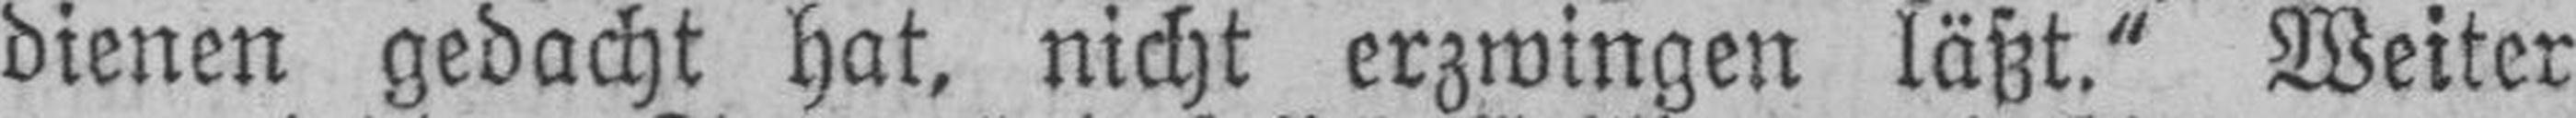
dienen gedacht hat, nicht erzwingen läßt.“ Weiter